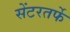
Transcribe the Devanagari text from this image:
सेंटरतर्फे